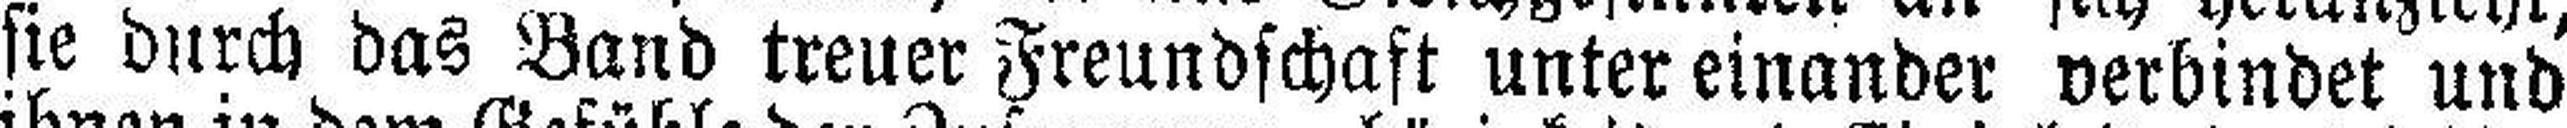
sie durch das Band treuer Freundschaft unter einander verbindet und